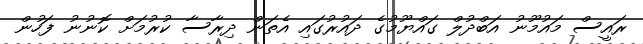
ރައީސް މައުމޫނު އަބްދުލް ގައްޔޫމުގެ ދައުރުގައި އެތަން ދިރާސާ ކުރުމަށް ކޮނުނު ފަހުން